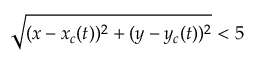
\sqrt { ( x - x _ { c } ( t ) ) ^ { 2 } + ( y - y _ { c } ( t ) ) ^ { 2 } } < 5